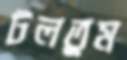
টলতুম